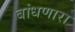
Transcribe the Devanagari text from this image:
बांधणारा